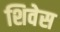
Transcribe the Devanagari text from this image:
शिवेस